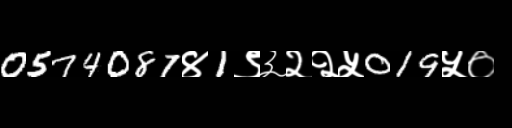
Text: 0574087४1९३२२५019५०